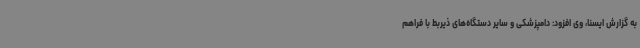
به گزارش ایسنا، وی افزود: دامپزشکی و سایر دستگاه‌های ذیربط با فراهم